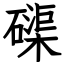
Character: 磲